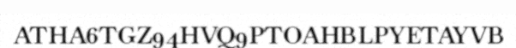
ATHA6TGZ94HVQ9PTOAHBLPYETAYVB